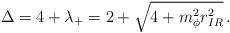
LaTeX: \begin{align*}\Delta = 4 + \lambda_+= 2 + \sqrt{4 + m_\phi^2 r^2_{IR}} \,.\end{align*}